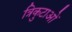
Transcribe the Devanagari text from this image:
त्रिकुटाओं